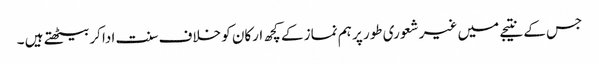
جس کے نتیجے میں غیر شعوری طور پر ہم نماز کے کچھ ارکان کو خلاف سنت ادا کربیٹھتے ہیں ۔